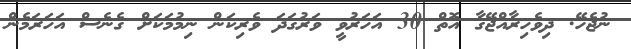
ނުޖެހޭ. ދިވެހިރާއްޖޭގާ އޮތް 30 އަހަރުވީ ވަރުގަދަ ވެރިކަން ނިމުމަކަށް ގެނެސް އަހަރަމެން